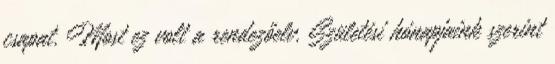
csapat. Most ez volt a rendezőelv. Születési hónapjaink szerint